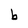
Character: b